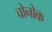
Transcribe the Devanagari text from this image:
चोनोक